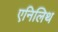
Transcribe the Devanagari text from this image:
एनिलिथ